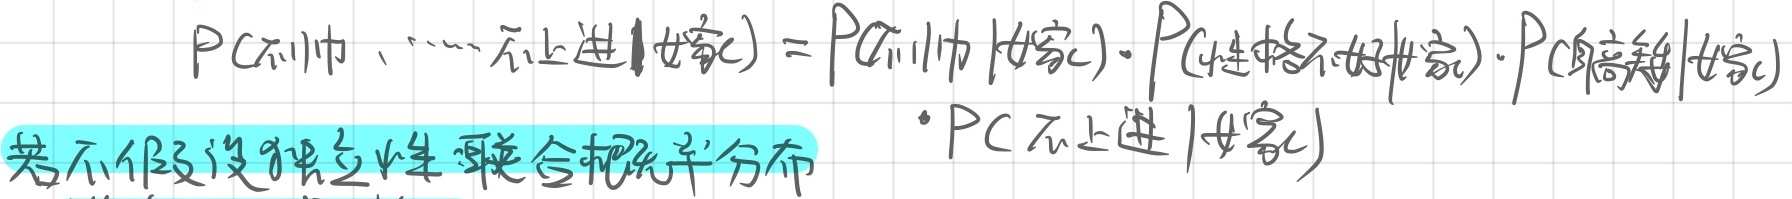
若不假设独立性，联合概率分布为：
\[
\begin{align*}
P(\text{不帅}、\cdots \text{不上进}|\text{好家}) &= P(\text{不帅}|\text{好家}) \cdot P(\text{性格不好}|\text{好家}) \cdot P(\text{身高矮}|\text{好家}) \\
&\cdot P(\text{不上进}|\text{好家})
\end{align*}
\]